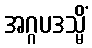
အဂ္ဂပဒသ္မိံ